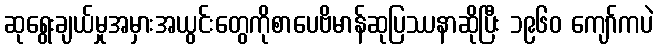
ဆုရွေးချယ်မှုအမှားအယွင်းတွေကိုစာပေဗိမာန်ဆုပြဿနာဆိုပြီး ၁၉၆၀ ကျော်ကပဲ